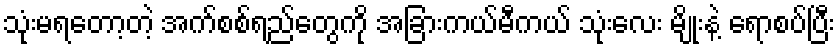
သုံးမရတော့တဲ့ အက်စစ်ရည်တွေကို အခြားကယ်မီကယ် သုံးလေး မျိုးနဲ့ ရောစပ်ပြီး